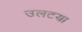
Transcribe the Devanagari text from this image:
उलटया